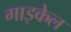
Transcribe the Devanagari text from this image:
गाइकेल